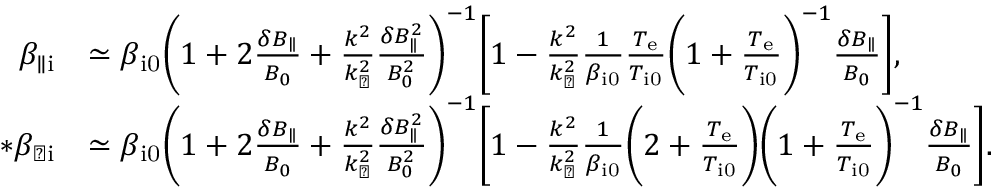
\begin{array} { r l } { \beta _ { \parallel \mathrm { i } } } & { \simeq \beta _ { \mathrm { i 0 } } \biggl ( 1 + 2 \frac { \delta B _ { \parallel } } { B _ { 0 } } + \frac { k ^ { 2 } } { k _ { \perp } ^ { 2 } } \frac { \delta B _ { \parallel } ^ { 2 } } { B _ { 0 } ^ { 2 } } \biggr ) ^ { - 1 } \biggl [ 1 - \frac { k ^ { 2 } } { k _ { \perp } ^ { 2 } } \frac { 1 } { \beta _ { \mathrm { i 0 } } } \frac { T _ { \mathrm { e } } } { T _ { \mathrm { i 0 } } } \biggl ( 1 + \frac { T _ { \mathrm { e } } } { T _ { \mathrm { i 0 } } } \biggr ) ^ { - 1 } \frac { \delta B _ { \parallel } } { B _ { 0 } } \biggr ] , } \\ { * \beta _ { \perp \mathrm { i } } } & { \simeq \beta _ { \mathrm { i 0 } } \biggl ( 1 + 2 \frac { \delta B _ { \parallel } } { B _ { 0 } } + \frac { k ^ { 2 } } { k _ { \perp } ^ { 2 } } \frac { \delta B _ { \parallel } ^ { 2 } } { B _ { 0 } ^ { 2 } } \biggr ) ^ { - 1 } \biggl [ 1 - \frac { k ^ { 2 } } { k _ { \perp } ^ { 2 } } \frac { 1 } { \beta _ { \mathrm { i 0 } } } \biggl ( 2 + \frac { T _ { \mathrm { e } } } { T _ { \mathrm { i 0 } } } \biggr ) \biggl ( 1 + \frac { T _ { \mathrm { e } } } { T _ { \mathrm { i 0 } } } \biggr ) ^ { - 1 } \frac { \delta B _ { \parallel } } { B _ { 0 } } \biggr ] . } \end{array}